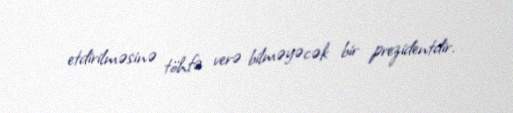
etdirilməsinə töhfə verə bilməyəcək bir prezidentdir.